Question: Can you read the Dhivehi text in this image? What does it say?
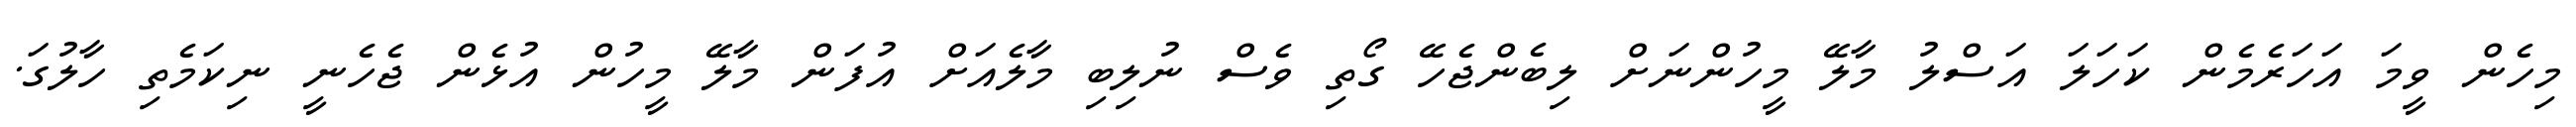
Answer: މިހެން ވީމަ އަހަރެމެން ކަހަލަ އަސްލު މާލޭ މީހުންނަށް ލިބެންޖެހޭ ގޯތި ވެސް ނުލިބި މާލެއަށް އުފަން މާލޭ މީހުން އުޅެން ޖެހެނީ ނިކަމެތި ހާލުގަ.